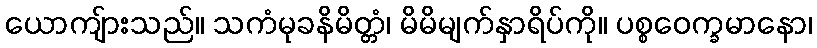
ယောကျ်ားသည်။ သကံမုခနိမိတ္တံ၊ မိမိမျက်နှာရိပ်ကို။ ပစ္စဝေက္ခမာနော၊